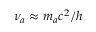
\nu _ { a } \approx m _ { a } c ^ { 2 } / h